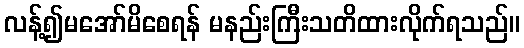
လန့်၍မအော်မိစေရန် မနည်းကြီးသတိထားလိုက်ရသည်။